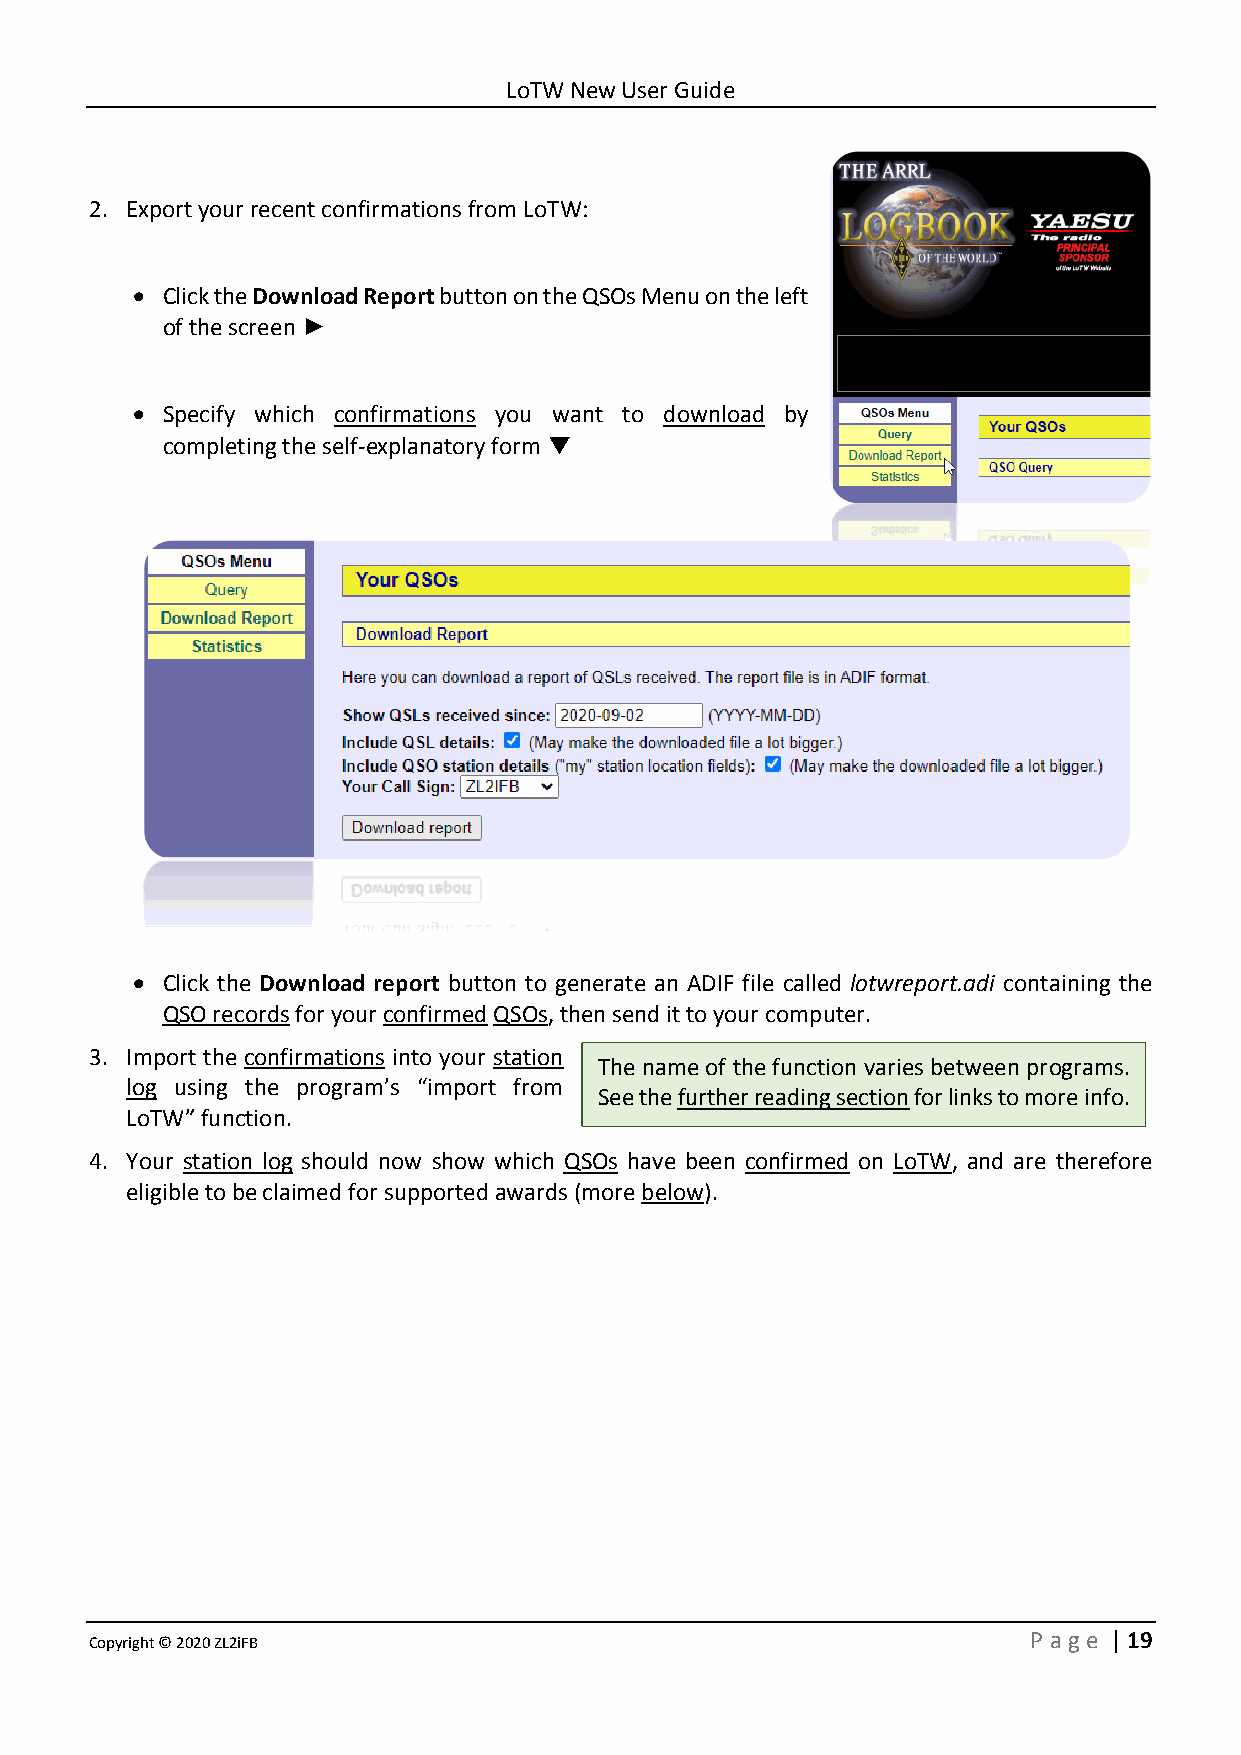
LoTW New User Guide
 2. Export your recent confirmations from LoTW:
 • Click the Download Report button on the QSOs Menu on the left
 of the screen ►
 • Specify which confirmations you want to download by
 completing the self-explanatory form ▼
 • Click the Download report button to generate an ADIF file called lotwreport.adi containing the
 QSO records for your confirmed QSOs, then send it to your computer.
 3. Import the confirmations into your station
 The name of the function varies between programs.
 log using the program’s “import from
 See the further reading section for links to more info.
 LoTW” function.
 4. Your station log should now show which QSOs have been confirmed on LoTW, and are therefore
 eligible to be claimed for supported awards (more below).
 Copyright © 2020 ZL2iFB                                       P age | 19